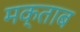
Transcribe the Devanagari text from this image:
मक्ताब